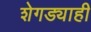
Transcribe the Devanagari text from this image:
शेगड्याही